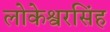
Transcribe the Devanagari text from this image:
लोकेश्वरसिंह